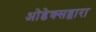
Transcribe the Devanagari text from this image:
ओडेक्सद्वारा